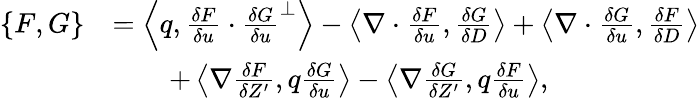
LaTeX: \begin{array}{rl}{\{ F,G\} }&{=\left\langle q,\frac{\delta F}{\delta u}\cdot\frac{\delta G}{\delta u}^{\perp}\right\rangle-\left\langle\nabla\cdot\frac{\delta F}{\delta u},\frac{\delta G}{\delta D}\right\rangle+\left\langle\nabla\cdot\frac{\delta G}{\delta u},\frac{\delta F}{\delta D}\right\rangle}\\ &{\qquad+\left\langle\nabla\frac{\delta F}{\delta Z^{\prime}},q\frac{\delta G}{\delta u}\right\rangle-\left\langle\nabla\frac{\delta G}{\delta Z^{\prime}},q\frac{\delta F}{\delta u}\right\rangle,}\end{array}